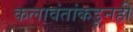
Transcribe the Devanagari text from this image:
कलावंतांकडूनही